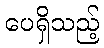
ပေရှိသည့်